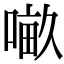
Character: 𠺖